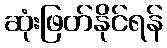
ဆုံးဖြတ်နိုင်ရန်